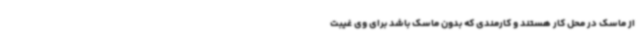
از ماسک در محل کار هستند و کارمندی که بدون ماسک باشد برای وی غیبت